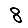
Digit: 8